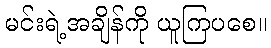
မင်းရဲ့အချိန်ကို ယူကြပစေ။